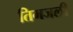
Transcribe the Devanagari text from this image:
तिमजली